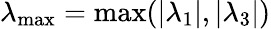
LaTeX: \lambda_{\operatorname*{max}}=\operatorname*{max}(|\lambda_{1}|,|\lambda_{3}|)